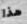
هذا